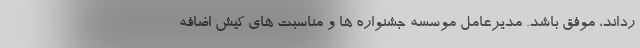
رداند، موفق باشد. مدیرعامل موسسه جشنواره ها و مناسبت های کیش اضافه